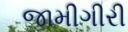
જામીગીરી